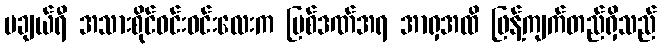
မချယ်ရီ အသားစိုင်ဝင်းဝင်းလေးက ပြစ်ဒဏ်အရ အာရှအထိ ဖြန့်ကျက်တည်ရှိသည်